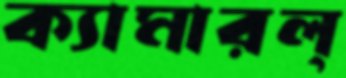
ক্যামারল্